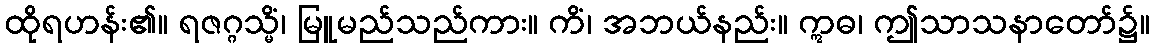
ထိုရဟန်း၏။ ရဇဂ္ဂသ္မိံ၊ မြူမည်သည်ကား။ ကိံ၊ အဘယ်နည်း။ ဣဓ၊ ဤသာသနာတော်၌။